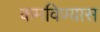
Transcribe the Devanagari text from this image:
कमविण्यास